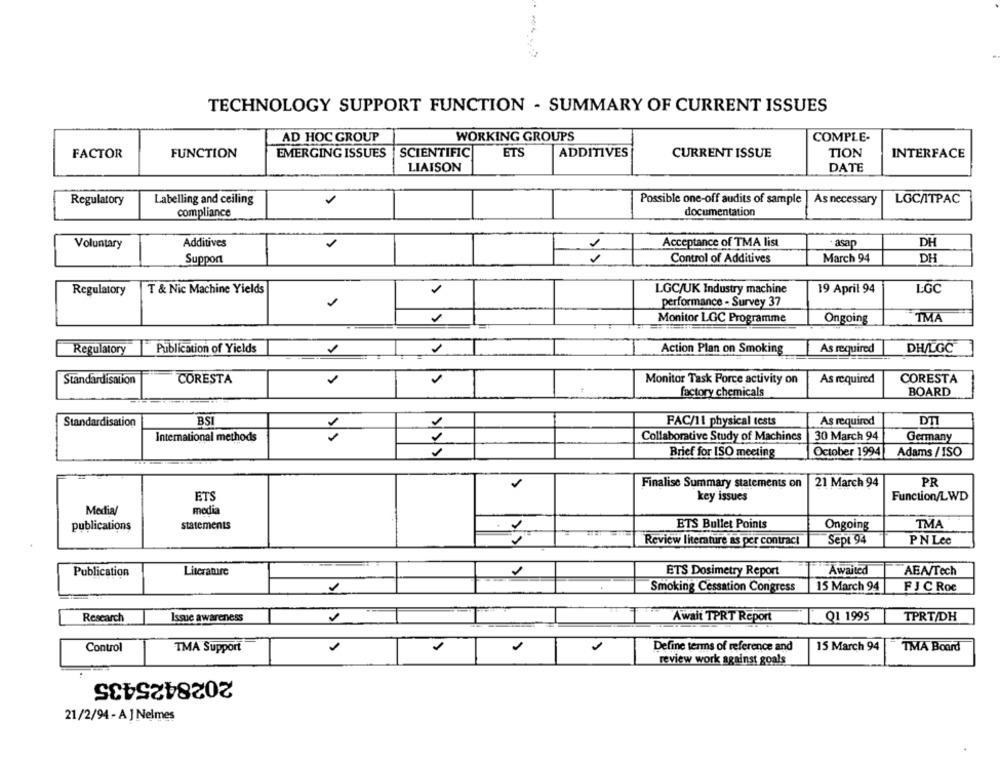
TECHNOLOGY SUPPORT FUNCTION - SUMMARY OF CURRENT ISSUES
AD HOC GROUP
WORKING GROUPS
COMPLE-
FACTOR
FUNCTION
EMERGING ISSUES
SCIENTIFIC
ETS
ADDITIVES
CURRENT ISSUE
TION
INTERFACE
LIAISON
DATE
Regulatory
Labelling and ceiling
Possible one-off audits of sample
As necessary
LOCAITPAC
compliance
documentation
Voluntary
Additives
Acceptance of TMA list
asap
DH
1
Support
Control of Additives
March 94
DH
T & Nic Machine Yields
1
LGC/UK Industry machine
19 April 94
LGC
Regulatory
1
performance - Survey 37
Monitor LGC Programme
Ongoing
TMA
Regulatory
Publication of Yields
Action Plan on Smoking
As required
DH/LGC
Standardisation
CORESTA
Monitor Task Force activity on
As required
CORESTA
factory chemicals
BOARD
BSI
As required
DTI
Standardisation
1
FAC/11 physical tests
30 March 94
International methods
Collaborative Study of Machines
Germany
October 1994
Adams / ISO
Brief for ISO meeting
PR
Finalise Summary statements on
21 March 94
ETS
key issues
Function/LWD
Media/
media
publications
statements
ETS Bullet Points
Ongoing
TMA
Review literature as per contract
Sept 94
PN Lee
Publication
Literature
ETS Dosimetry Report
Awaited
AEA/Tech
Smoking Cessation Congress
15 March 94
FJ C Roc
Research
Issue awareness
Await TPRT Report
Q1 1995
TPRT/DH
Control
TMA Support
Define terms of reference and
15 March 94
TMA Board
review work against goals
2028425435
21/2/94 - A ] Nelmes